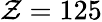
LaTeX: \mathcal{Z}=125